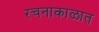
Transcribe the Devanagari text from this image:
रचनाकाळात